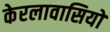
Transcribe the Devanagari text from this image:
केरलावासियों